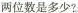
两位数是多少?